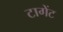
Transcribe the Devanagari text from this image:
टागेंट